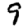
Digit: 9